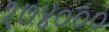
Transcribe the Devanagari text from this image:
१७४०००